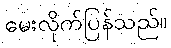
မေးလိုက်ပြန်သည်။